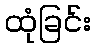
ထုံခြင်း